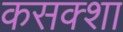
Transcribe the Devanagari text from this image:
कसक्शा